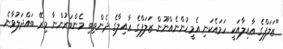
"ޒަލަފްގެ ޢާއިލާއަކީ ހަމައެކަނި އެމީހުންނެއްނޫން ޒަލަފްގެ ޢާއިލާގެ ދެންތިބި މެންބަރުންނާ މިރޭ ބައްދަލުވާނެ